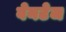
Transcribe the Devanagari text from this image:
वेनटेज